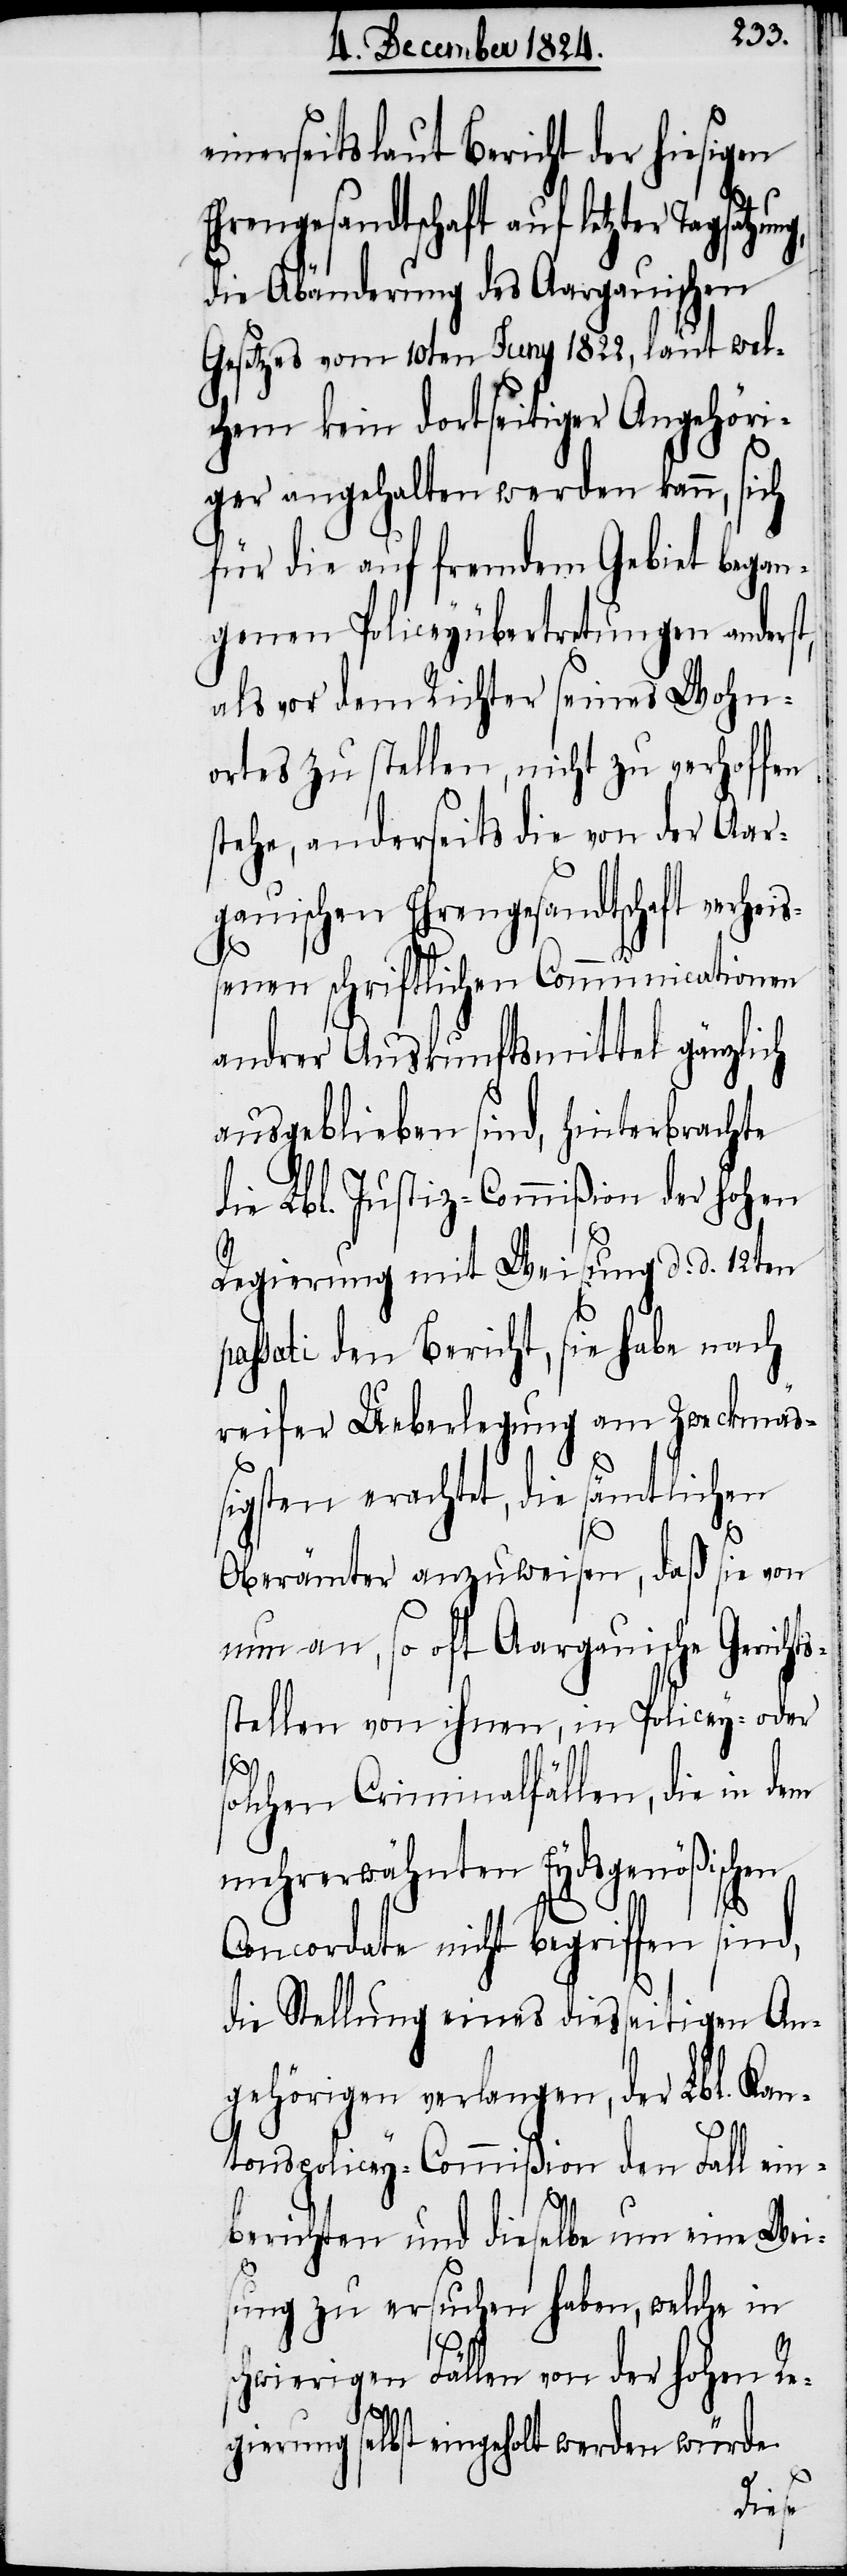
inerseits laut Bericht der hiesigen
Ehrengesandtschaft auf letzter Tagsatzung,
die Abänderung des Aargauischen
Gesetzes vom 10ten Juny 1822, laut wel¬
chem kein dortseitiger Angehöri¬
ger angehalten werden kann, sich
für die auf fremdem Gebiet began¬
genen Policeyübertretungen anderst,
als vor dem Richter seines Wohn¬
ortes zu stellen, nicht zu verhoffen
stehe, anderseits die von der Aar¬
gauischen Ehrengesandtschaft verh¬
senen schriftlichen Communicationen
andrer Auskunftsmittel gänzlich
ausgeblieben sind, hinterbrachte
die Lbl. Justiz-Commißion der hohen
Regierung mit Weisung d. d. 12ten
passati den Bericht, sie habe nach
reifer Ueberlegung am Zweckmäß¬
igsten erachtet, die sämtlichen
Oberämter anzuweisen, daß sie von
nun an, so oft Aargauische Gerichts¬
stellen von ihnen, in Policey- oder
solchen Criminalfällen, die in dem
mehrerwähnten Eydsgenößischen
Concordate nicht begriffen sind,
die Stellung eines diesseitigen An¬
gehörigen verlangen, der Lbl. Kan¬
tons-Policey-Commißion den Fall ein¬
berichten und dieselbe um eine Weis¬
ung zu ersuchen haben, welche in
schwierigen Fällen von der hohen Re¬
gierung selbst eingeholt werden würde.
eis¬